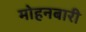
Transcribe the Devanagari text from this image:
मोहनबारी